Scottish Leaving Certificate Examination, 1955
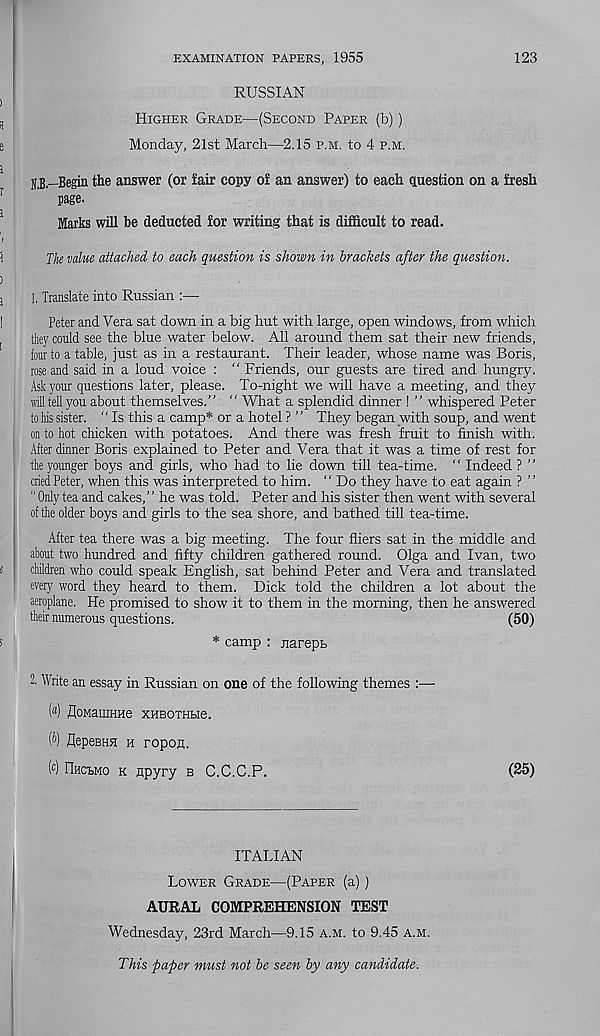
EXAMINATION PAPERS, 1955
123
RUSSIAN
Higher Grade—(Second Paper (b))
Monday, 21st March—2.15 p.m. to 4 p.m.
N.B—Begin the answer (or fair copy of an answer) to each question on a fresh
page.
Marks will be deducted for writing that is difficult to read.
The value attached to each question is shown in brackets after the question.
1, Translate into Russian :—
Peter and Vera sat down in a big hut with large, open windows, from whicli
they could see the blue water below. All around them sat their new friends,
four to a table, just as in a restaurant. Their leader, whose name was Boris,
rose and said in a loud voice : " Friends, our guests are tired and hungry.
Ask your questions later, please. To-night we will have a meeting, and they
will tell you about themselves.” “ What a splendid dinner ! ” whispered Peter
to his sister. “ Is this a camp* or a hotel ? ” They began with soup, and went
on to hot chicken with potatoes. And there was fresh fruit to finish with.
After dinner Boris explained to Peter and Vera that it was a time of rest for
the younger boys and girls, who had to lie down till tea-time. “ Indeed ? ”
cried Peter, when this was interpreted to him. “ Do they have to eat again ? ”
“ Only tea and cakes,” he was told. Peter and his sister then went with several
of the older boys and girls to the sea shore, and bathed till tea-time.
After tea there was a big meeting. The four fliers sat in the middle and
about two hundred and fifty children gathered round. Olga and Ivan, two
children who could speak English, sat behind Peter and Vera and translated
every word they heard to them. Dick told the children a lot about the
aeroplane. He promised to show it to them in the morning, then he answered
their numerous questions.
(50)
* camp : jiarepb
2. Write an essay in Russian on one of the following themes :—
(«) flOMaiHHHe XHBOTHbie.
M flepeBHH h ropon.
( c ) Hhcbmo k npyry b C.C.C.P.
(25)
ITALIAN
Lower Grade—(Paper (a))
AURAL COMPREHENSION TEST
Wednesday, 23rd March—-9.15 a.m. to 9.45 a.m.
This paper must not be seen by any candidate.